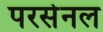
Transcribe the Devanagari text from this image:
परसेनल